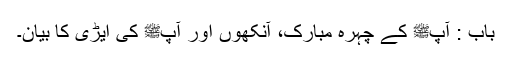
باب : آپﷺ کے چہرہ مبارک، آنکھوں اور آپﷺ کی ایڑی کا بیان۔